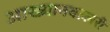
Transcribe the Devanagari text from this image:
आख्यानवल्लरी